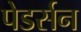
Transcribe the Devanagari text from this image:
पेडर्सन